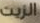
الزيت